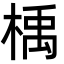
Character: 楀